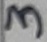
Text: 3